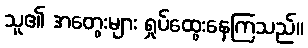
သူ၏ အတွေးများ ရှုပ်ထွေးနေကြသည်။